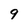
Character: 9